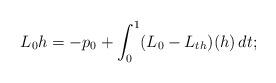
LaTeX: \begin{align*} L_0 h = -p_0 + \int_0^1(L_0-L_{t h})(h)\,d t; \end{align*}